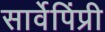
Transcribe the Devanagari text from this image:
सार्वेपिंप्री